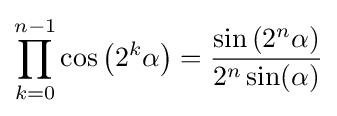
\prod _{k=0}^{n-1}\cos \left(2^{k}\alpha \right)={\frac {\sin \left(2^{n}\alpha \right)}{2^{n}\sin(\alpha )}}